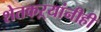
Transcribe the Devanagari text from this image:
शेतकऱ्यांनीही